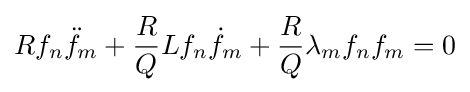
Rf_{n}{\ddot {f}}_{m}+{\frac {R}{Q}}Lf_{n}{\dot {f}}_{m}+{\frac {R}{Q}}\lambda _{m}f_{n}f_{m}=0